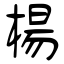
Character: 楊